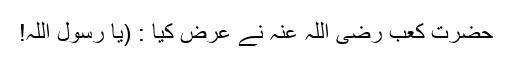
حضرت کعب رضی اللہ عنہ نے عرض کیا : (یا رسول اللہ!